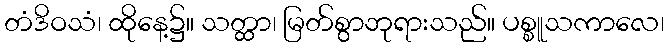
တံဒိဝသံ၊ ထိုနေ့၌။ သတ္ထာ၊ မြတ်စွာဘုရားသည်။ ပစ္စူသကာလေ၊